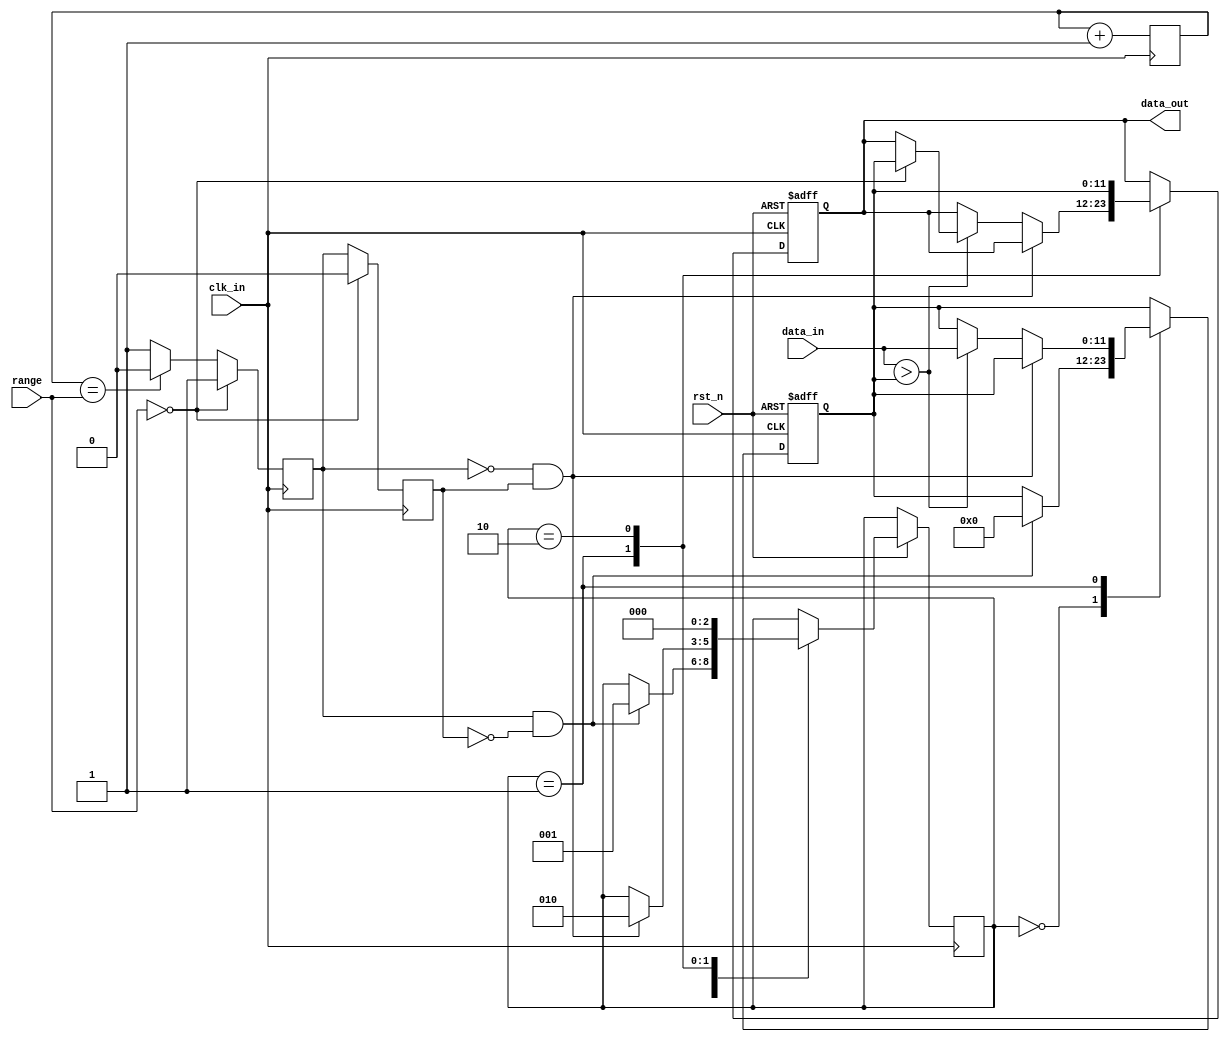
module Min_meas #
(
	parameter         data_width      = 4'd12,
	parameter         range_width     = 4'd10
)
(
	input				  clk_in,
	input 				  rst_n,
	input          [range_width-1:0]  range,
	input  signed  [data_width - 1:0] data_in,
	output signed  [data_width - 1:0] data_out
);

localparam 		  state_output    = 3'b010;
localparam 		  state_initial   = 3'b000;
localparam 		  state_detection = 3'b001;

reg signed [data_width - 1:0] data_out_buf  = 0;
reg signed [data_width - 1:0] data_out_buf1 = 0;
reg [2:0]  state = 3'b000;
reg 	   test_sig = 1'b0;
reg 	   test_sig_buf = 1'b0;
wire 	   test_done_sig = ~test_sig & test_sig_buf;
wire 	   test_start_sig = test_sig & ~test_sig_buf;

/***************************************************/
//define the time counter
reg [range_width-1:0] cnt0 = 1;

always@(posedge clk_in)
begin
	if (range == 0)
    begin
    	test_sig <= 1'b1;
    end
    else if (cnt0 == range)      
    begin
        cnt0 <= 10'd0;                    //count done,clearing the time counter
        test_sig <= 1'd0;
    end
    else
        test_sig <= 1'd1;                   //cnt0 counter = cnt0 counter + 1
        cnt0 <= cnt0 + 1'b1; 
end
/***************************************************/



always@(posedge clk_in)
begin
	if (range == 0)
	begin
		test_sig_buf <= 1'b0;
	end
	else
	begin
		test_sig_buf <= test_sig;
	end
end

always@(posedge clk_in or negedge rst_n)
begin
	if(!rst_n)
	begin
		data_out_buf <= 0;
		data_out_buf1 <= 0;
	end
	else
	begin
		case(state)
		state_initial:begin 
			if(test_start_sig) 
			begin 
				state <= state_detection; 
				data_out_buf <= 0;
			end 
			end
		state_detection:begin 
			if(test_done_sig)
				state <= state_output;
			else
				if(data_in > data_out_buf)
				begin
					data_out_buf <= data_in;
					if (range == 0)
					begin
						data_out_buf1 <= data_out_buf;
					end
				end
			end
		state_output:begin 
			data_out_buf1 <= data_out_buf;
			state <= state_initial; 
			end
		endcase
	end
end

assign data_out=data_out_buf1;

endmodule